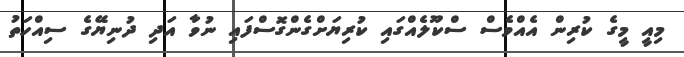
މިއީ މީގެ ކުރިން އެއްވެސް ސްކޫލެއްގައި ކުރިޔަށްގެންގޮސްފައި ނުވާ އަދި ދުނިޔޭގެ ސިއްހަތު